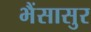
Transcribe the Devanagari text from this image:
भैंसासुर